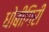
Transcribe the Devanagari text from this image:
धोबीगिरी